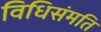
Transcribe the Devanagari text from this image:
विधिसंमति